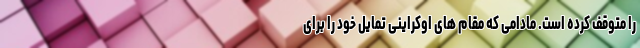
را متوقف کرده است. مادامی که مقام های اوکراینی تمایل خود را برای